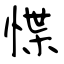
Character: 惵